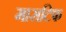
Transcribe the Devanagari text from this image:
मासटिफ